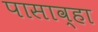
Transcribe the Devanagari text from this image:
पासाव्हा